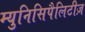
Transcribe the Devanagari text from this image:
म्युनिसिपैलिटीज़